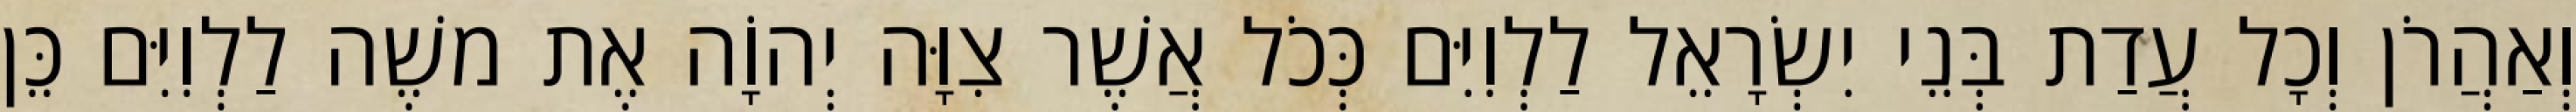
וְאַהֲרֹן וְכָל עֲדַת בְּנֵי יִשְׂרָאֵל לַלְוִיִּם כְּכֹל אֲשֶׁר צִוָּה יְהוָֹה אֶת משֶׁה לַלְוִיִּם כֵּן